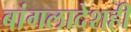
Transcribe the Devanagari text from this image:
बांगलादेशही